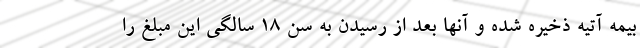
بیمه آتیه ذخیره شده و آنها بعد از رسیدن به سن ۱۸ سالگی این مبلغ را